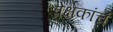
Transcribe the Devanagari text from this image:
प्रेक्षकांचं